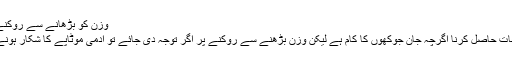
وزن کو بڑھانے سے روکنے کے لئے 5کھانے استعمال کریں
جدت ویب ڈیسک؛ موٹاپے سے نجات حاصل کرنا اگرچہ جان جوکھوں کا کام ہے لیکن وزن بڑھنے سے روکنے پر اگر توجہ دی جائے تو آدمی موٹاپے کا شکار ہونے سے ہی آسانی سے بچ سکتا ہے ۔